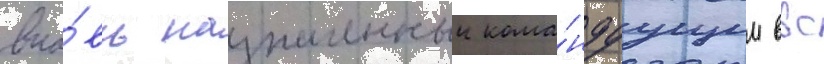
вно́вь назначенныи кома́ндуущим ввс